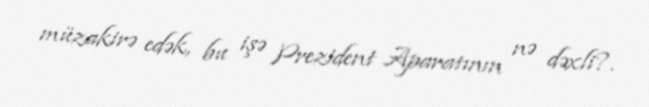
müzakirə edək, bu işə Prezident Aparatının nə dəxli?.